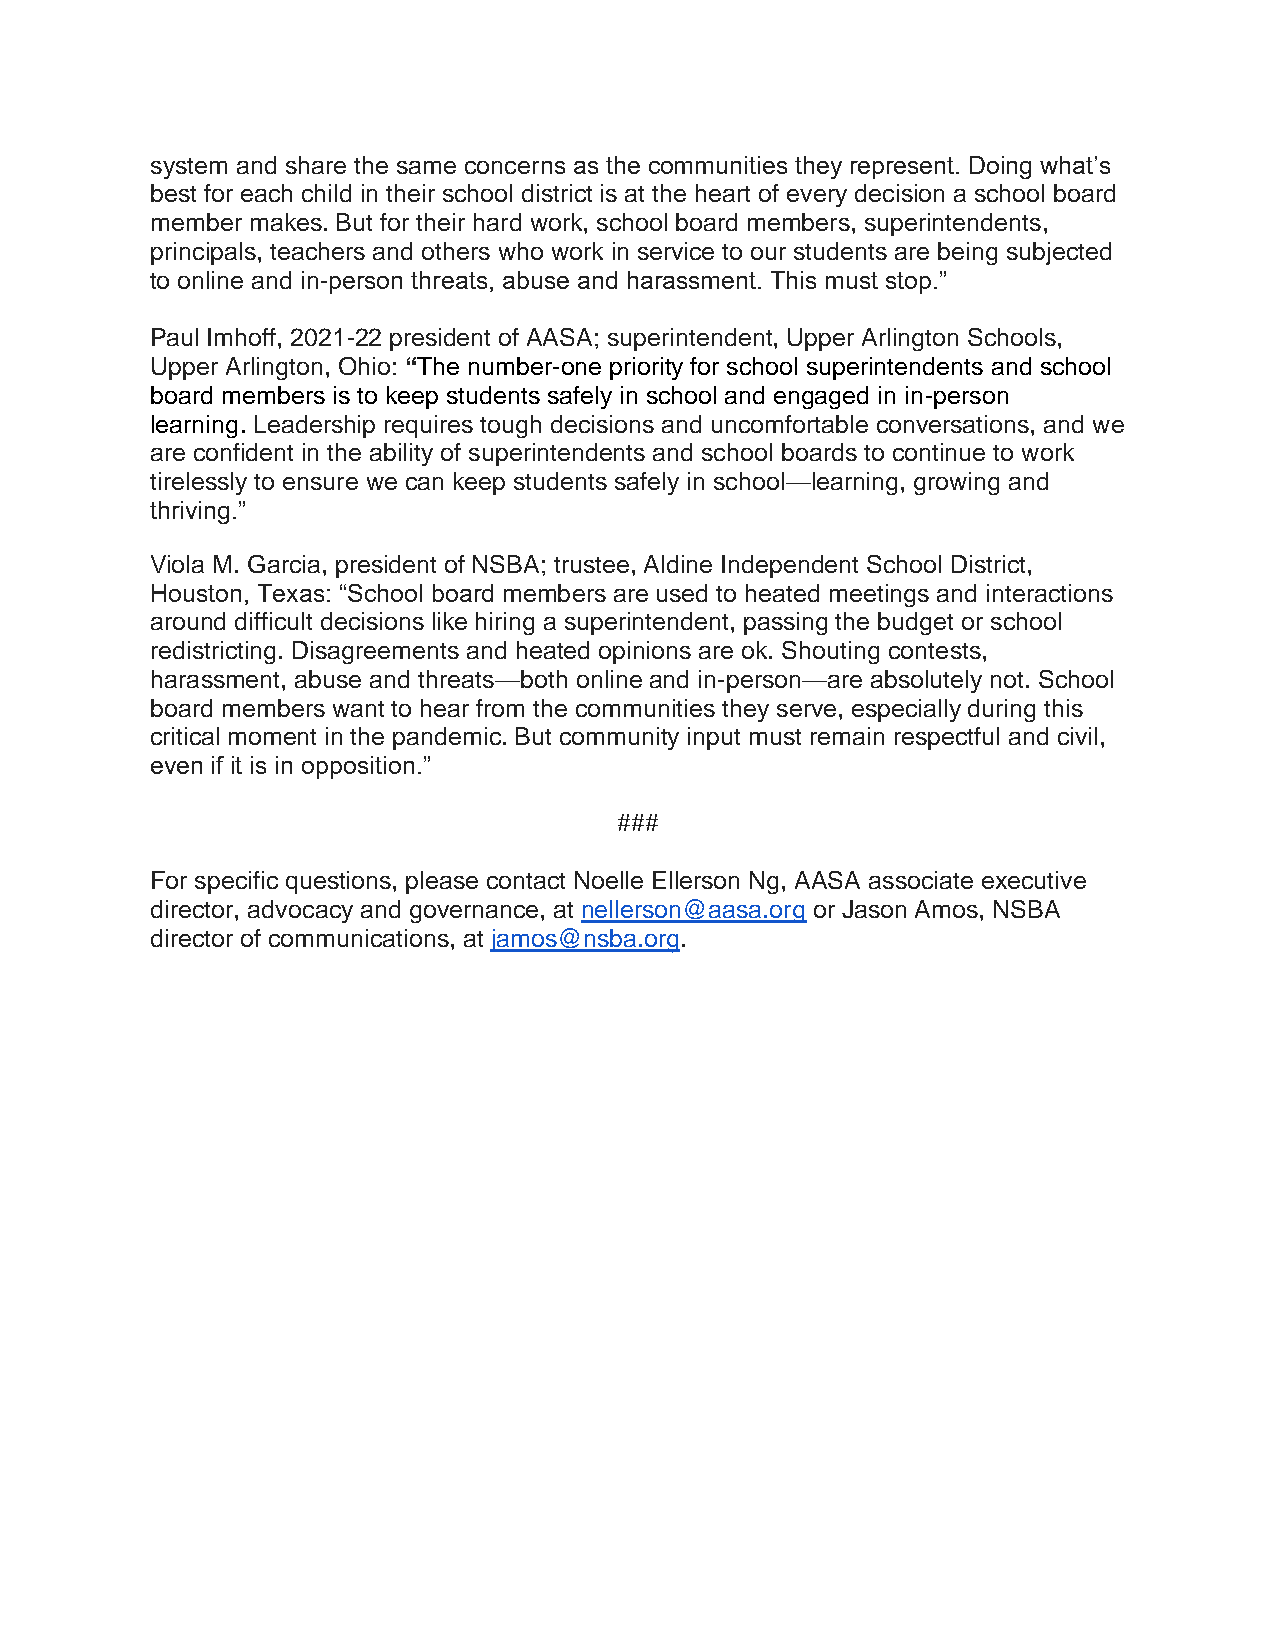
system and share the same concerns as the communities they represent. Doing what’s
 best for each child in their school district is at the heart of every decision a school board
 member makes. But for their hard work, school board members, superintendents,
 principals, teachers and others who work in service to our students are being subjected
 to online and in-person threats, abuse and harassment. This must stop.”
 Paul Imhoff, 2021-22 president of AASA; superintendent, Upper Arlington Schools,
 Upper Arlington, Ohio: “The number-one priority for school superintendents and school
 board members is to keep students safely in school and engaged in in-person
 learning. Leadership requires tough decisions and uncomfortable conversations, and we
 are confident in the ability of superintendents and school boards to continue to work
 tirelessly to ensure we can keep students safely in school—learning, growing and
 thriving.”
 Viola M. Garcia, president of NSBA; trustee, Aldine Independent School District,
 Houston, Texas: “School board members are used to heated meetings and interactions
 around difficult decisions like hiring a superintendent, passing the budget or school
 redistricting. Disagreements and heated opinions are ok. Shouting contests,
 harassment, abuse and threats—both online and in-person—are absolutely not. School
 board members want to hear from the communities they serve, especially during this
 critical moment in the pandemic. But community input must remain respectful and civil,
 even if it is in opposition.”
 ###
 For specific questions, please contact Noelle Ellerson Ng, AASA associate executive
 director, advocacy and governance, at nellerson@aasa.org or Jason Amos, NSBA
 director of communications, at jamos@nsba.org.